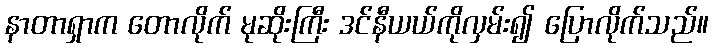
နာတာရှာက တောလိုက် မုဆိုးကြီး ဒင်နီယယ်ကိုလှမ်း၍ ပြောလိုက်သည်။